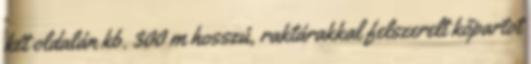
két oldalán kb. 300 m hosszú, raktárakkal felszerelt kőpartot